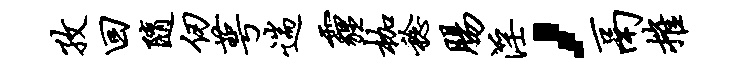
孜回随仞萼遄霾枷稔肠淫，鬲摧